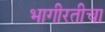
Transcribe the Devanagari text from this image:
भागीरतीचा